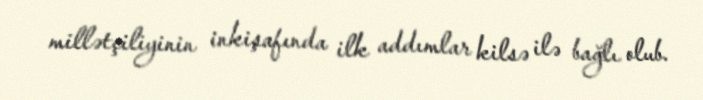
millətçiliyinin inkişafında ilk addımlar kilsə ilə bağlı olub.